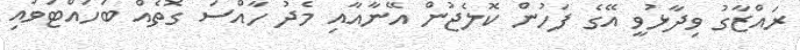
ރައްޒާގު ވިދާޅުވީ އޭގެ ފަހުން ކޮލެޖުން އޭނާއާއި މެދު ހާއްސަ ގޮތެއް ބަހައްޓަވައި